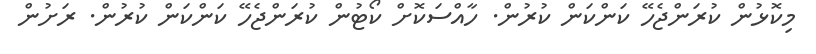
މިކޮޅުން ކުރަންޖެހޭ ކަންކަން ކުރުން. ހާއްސަކޮށް ކޯޓުން ކުރަންޖެހޭ ކަންކަން ކުރުން. ރަށުން